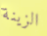
الزينة